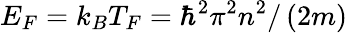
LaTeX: E_{F}=k_{B}T_{F}=\hbar^{2}\pi^{2}n^{2}/\left(2m\right)